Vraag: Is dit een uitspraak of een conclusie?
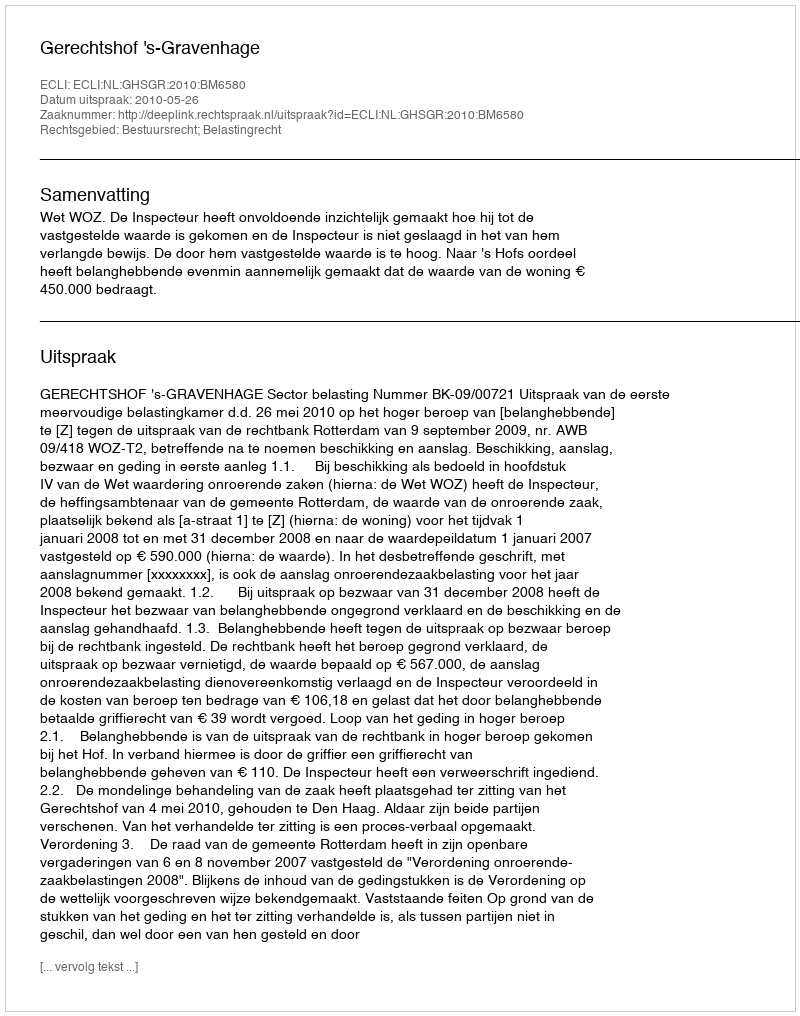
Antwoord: Uitspraak